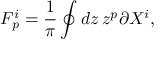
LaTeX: F _ { p } ^ { i } = { \frac { 1 } { \pi } } \oint d z \, z ^ { p } \partial X ^ { i } ,